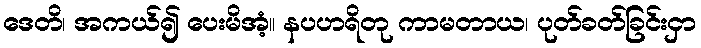
ဒေတိ၊ အကယ်၍ ပေးမိအံ့။ နပဟရိတု ကာမတာယ၊ ပုတ်ခတ်ခြင်းငှာ